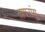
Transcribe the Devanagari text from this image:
लगरांग